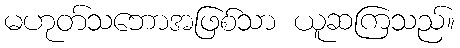
မဟုတ်သဘောအဖြစ်သာ ယူဆကြသည်။